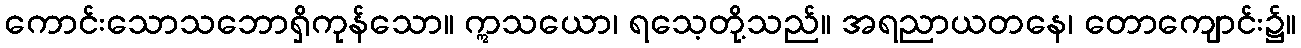
ကောင်းသောသဘောရှိကုန်သော။ ဣသယော၊ ရသေ့တို့သည်။ အရညာယတနေ၊ တောကျောင်း၌။